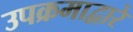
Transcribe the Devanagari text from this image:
उपक्रमाद्वारे